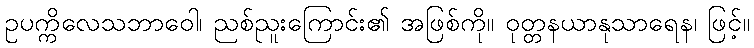
ဥပက္ကိလေသဘာဝေါ၊ ညစ်ညူးကြောင်း၏ အဖြစ်ကို။ ဝုတ္တနယာနုသာရေန၊ ဖြင့်။